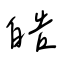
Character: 皓